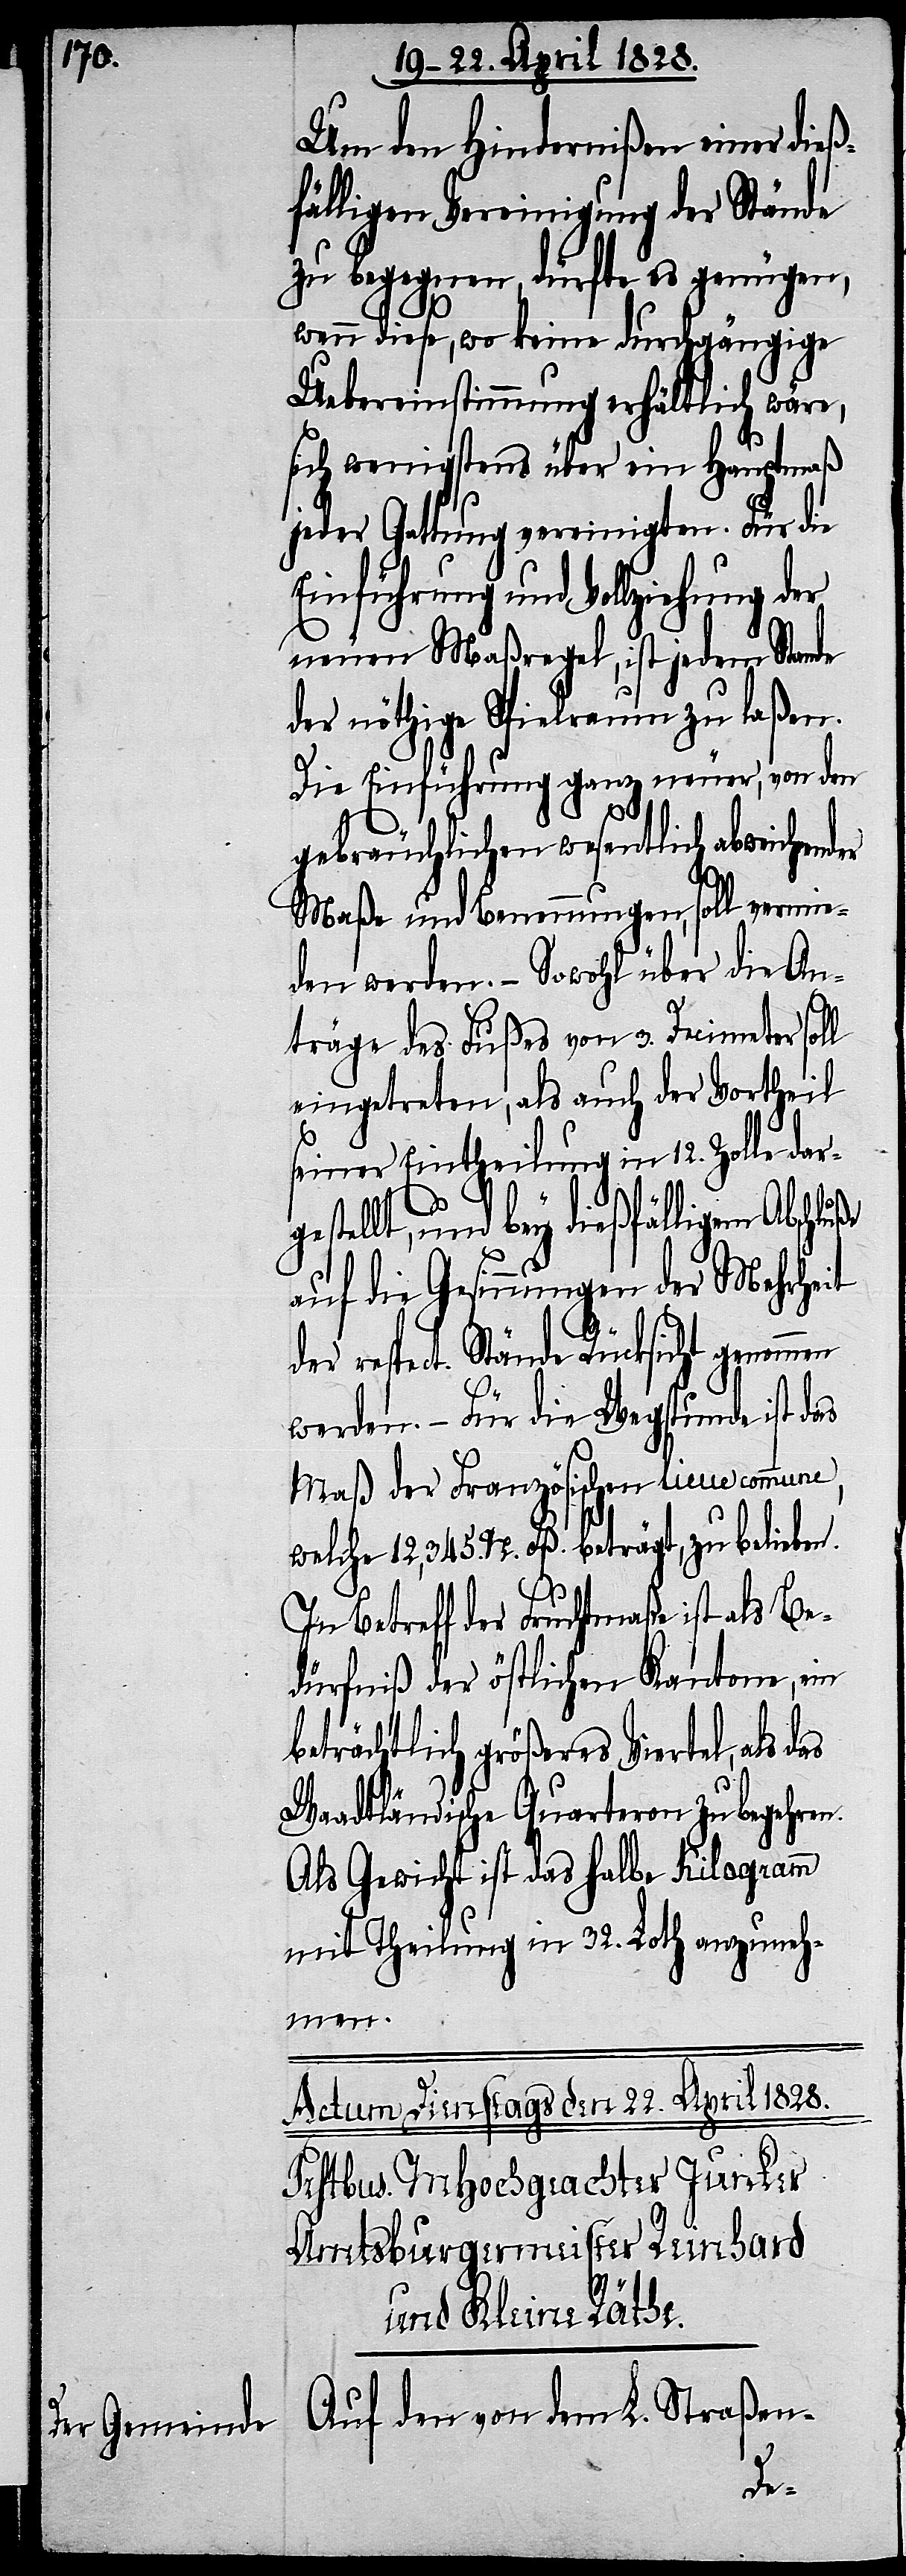
Um den Hindernißen einer dieß¬
fälligen Vereinigung der Stände
zu begegnen, dürfte es genügen,
wenn diese, wo keine durchgängige
Uebereinstimmung erhältlich wäre,
sich wenigstens über ein Hauptmaß
jeder Gattung vereinigten. Für die
Einführung und Vollziehung der
neuen Maßregel, ist jedem Stande
der nöthige Spielraum zu laßen.
Die Einführung ganz neuer, von den
gebräuchlichen wesentlich abweichender
Maße und Benennungen, soll vermie¬
den werden. – Sowohl über die An¬
träge des Fußes von 3. Decimeter soll
eingetreten, als auch der Vortheil
seiner Eintheilung in 12. Zolle dar¬
gestellt, und bey dießfälligem Abschluße
auf die Gesinnungen der Mehrheit
respect. Stände Rücksicht genomm¬
werden. – Für die Wegstunde ist das
Maß der Französischen lieue commune,
welche 12,345. M. Fß. beträgt, zu belieben.
In Betreff der Fruchtmaße ist als Be¬
dürfniß der östlichen Kantone, ein
beträchtlich größeres Viertel, als das
Waadtländische Quarteron zu begehren.
Als Gewicht ist das halbe Kilogramm
mit Theilung in 32. Loth anzuneh¬
men.
dem Kleinen Rathe
Auf den von dem L. Straßen-
L.
en